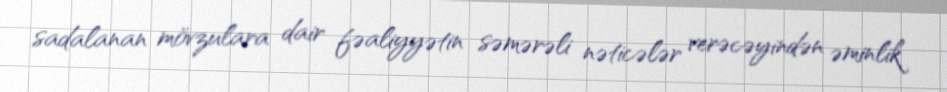
sadalanan mövzulara dair fəaliyyətin səmərəli nəticələr verəcəyindən əminlik